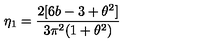
\eta _ { 1 } = \frac { 2 [ 6 b - 3 + \theta ^ { 2 } ] } { 3 \pi ^ { 2 } ( 1 + \theta ^ { 2 } ) }